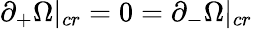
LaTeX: \partial_{+}\Omega|_{cr}=0=\partial_{-}\Omega|_{cr}